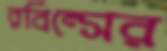
রবিন্সের